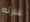
شارته